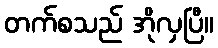
တက်စသည် အိုလှပြီ။